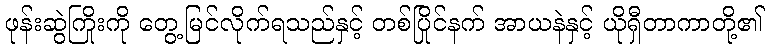
ဖုန်းဆွဲကြိုးကို တွေ့မြင်လိုက်ရသည်နှင့် တစ်ပြိုင်နက် အာယနဲနှင့် ယိုရှီတာကာတို့၏